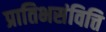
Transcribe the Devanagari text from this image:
प्रातिभसंवित्ति